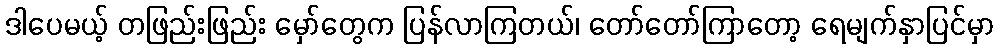
ဒါပေမယ့် တဖြည်းဖြည်း မှော်တွေက ပြန်လာကြတယ်၊ တော်တော်ကြာတော့ ရေမျက်နှာပြင်မှာ